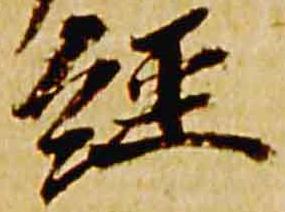
経